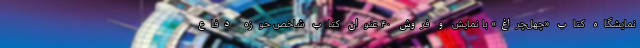
نمایشگاه کتاب «چهل‌چراغ» با نمایش و فروش ۴۰ عنوان کتاب شاخص حوزه دفاع